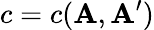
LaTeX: c=c(\mathbf{A},\mathbf{A}^{\prime})